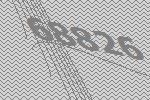
68826